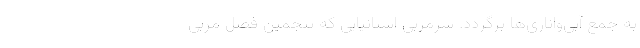
به جمع آبی‌و‌اناری‌ها برگردد. سرمربی اسپانیایی که پنجمین فصل مربی